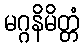
မဂ္ဂနိမိတ္တံ